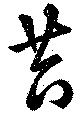
苔